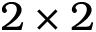
2 \times 2